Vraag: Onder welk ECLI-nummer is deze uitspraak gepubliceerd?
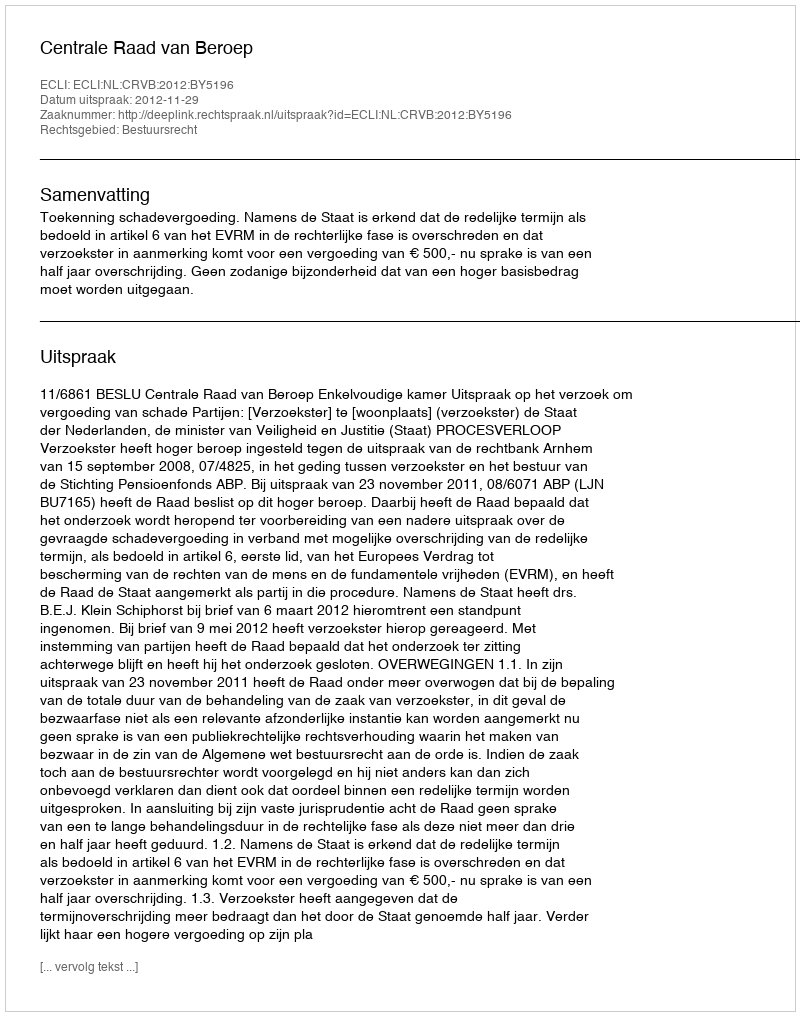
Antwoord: ECLI:NL:CRVB:2012:BY5196